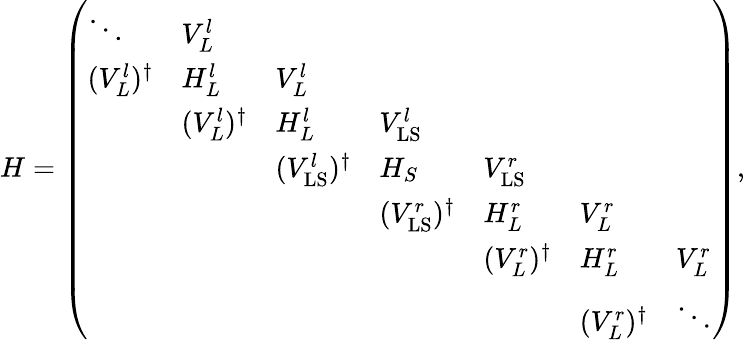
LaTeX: \begin{array}{r}{H=\left(\begin{array}{lllllll}{\ddots}&{V_{L}^{l}}&&&&&\\ {(V_{L}^{l})^{\dagger}}&{H_{L}^{l}}&{V_{L}^{l}}&&&&\\ &{(V_{L}^{l})^{\dagger}}&{H_{L}^{l}}&{V_{\mathrm{LS}}^{l}}&&&\\ &&{(V_{\mathrm{LS}}^{l})^{\dagger}}&{H_{S}}&{V_{\mathrm{LS}}^{r}}&&\\ &&&{(V_{\mathrm{LS}}^{r})^{\dagger}}&{H_{L}^{r}}&{V_{L}^{r}}&\\ &&&&{(V_{L}^{r})^{\dagger}}&{H_{L}^{r}}&{V_{L}^{r}}\\ &&&&&{(V_{L}^{r})^{\dagger}}&{\ddots}\end{array}\right),}\end{array}